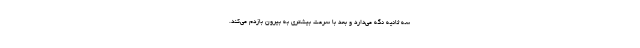
سه ثانیه نگه می‌دارد و بعد با سرعت بیشتری به بیرون بازدم می‌کند.